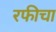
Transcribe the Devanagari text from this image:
रफीचा